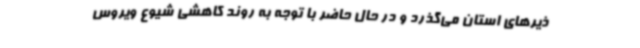
ذیرهای استان می‌گذرد و در حال حاضر با توجه به روند کاهشی شیوع ویروس